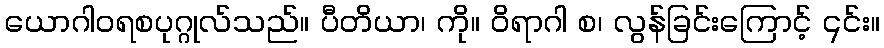
ယောဂါဝရစပုဂ္ဂုလ်သည်။ ပီတိယာ၊ ကို။ ဝိရာဂါ စ၊ လွန်ခြင်းကြောင့် ၎င်း။